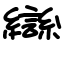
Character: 龻